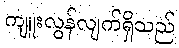
ကျူးလွန်လျက်ရှိသည်